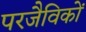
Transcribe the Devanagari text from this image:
परजैविकों